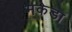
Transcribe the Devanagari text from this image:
मकेडा